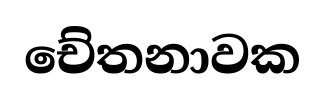
චේතනාවක